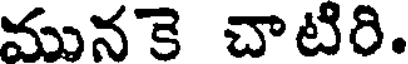
మునకె చాటిరి.